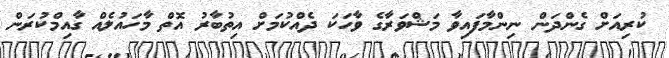
ކުރިއަށް ގެންދަން ނިންމާފައިވާ މަޝްވަރާގެ ވާހަކަ ދެއްކުމަށް އިތުބާރު އޮތް މާހައުލެއް ގާއިމްކުރަން